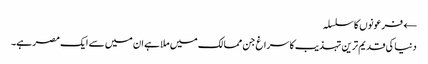
← فرعونوں کا سلسلہ
دنیا کی قدیم ترین تہذیب کا سراغ جن ممالک میں ملا ہے ان میں سے ایک مصر ہے۔